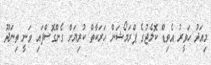
މިއަދު ހަވީރު އެވިޑް ކޮލެޖުގެ ޕްރަމޯޝަން ހަރަކާތް ކުރިޔަށް ގެންގޮސްފައި ވަނީ ތިނަދޫ